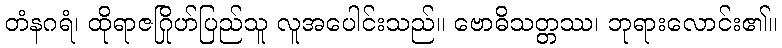
တံနဂရံ၊ ထိုရာဇဂြိုဟ်ပြည်သူ လူအပေါင်းသည်။ ဗောဓိသတ္တဿ၊ ဘုရားလောင်း၏။